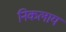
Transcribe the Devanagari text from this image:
निकलाय